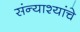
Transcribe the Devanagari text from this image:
संन्याश्यांचे